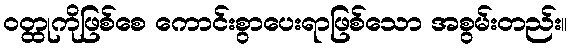
ဝတ္ထုကိုဖြစ်စေ ကောင်းစွာပေးရာဖြစ်သော အစွမ်းတည်း။